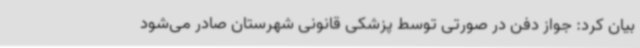
بیان کرد: جواز دفن در صورتی توسط پزشکی قانونی شهرستان صادر می‌شود